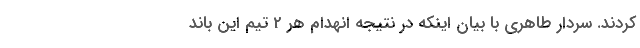
کردند. سردار طاهری با بیان اینکه در نتیجه انهدام هر 2 تیم این باند